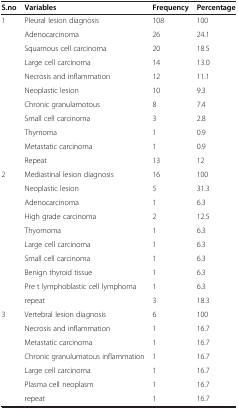
<table><thead><tr><td><b>S.no</b></td><td><b>Variables</b></td><td><b>Frequency</b></td><td><b>Percentage</b></td></tr></thead><tbody><tr><td>1</td><td>Pleural lesion diagnosis</td><td>108</td><td>100</td></tr><tr><td> </td><td>Adenocarcinoma</td><td>26</td><td>24.1</td></tr><tr><td> </td><td>Squamous cell carcinoma</td><td>20</td><td>18.5</td></tr><tr><td> </td><td>Large cell carcinoma</td><td>14</td><td>13.0</td></tr><tr><td> </td><td>Necrosis and inflammation</td><td>12</td><td>11.1</td></tr><tr><td> </td><td>Neoplastic lesion</td><td>10</td><td>9.3</td></tr><tr><td> </td><td>Chronic granulamotous</td><td>8</td><td>7.4</td></tr><tr><td> </td><td>Small cell carcinoma</td><td>3</td><td>2.8</td></tr><tr><td> </td><td>Thymoma</td><td>1</td><td>0.9</td></tr><tr><td> </td><td>Metastatic carcinoma</td><td>1</td><td>0.9</td></tr><tr><td> </td><td>Repeat</td><td>13</td><td>12</td></tr><tr><td>2</td><td>Mediastinal lesion diagnosis</td><td>16</td><td>100</td></tr><tr><td> </td><td>Neoplastic lesion</td><td>5</td><td>31.3</td></tr><tr><td> </td><td>Adenocarcinoma</td><td>1</td><td>6.3</td></tr><tr><td> </td><td>High grade carcinoma</td><td>2</td><td>12.5</td></tr><tr><td> </td><td>Thyomoma</td><td>1</td><td>6.3</td></tr><tr><td> </td><td>Large cell carcinoma</td><td>1</td><td>6.3</td></tr><tr><td> </td><td>Small cell carcinoma</td><td>1</td><td>6.3</td></tr><tr><td> </td><td>Benign thyroid tissue</td><td>1</td><td>6.3</td></tr><tr><td> </td><td>Pre t lymphoblastic cell lymphoma</td><td>1</td><td>6.3</td></tr><tr><td> </td><td>repeat</td><td>3</td><td>18.3</td></tr><tr><td>3</td><td>Vertebral lesion diagnosis</td><td>6</td><td>100</td></tr><tr><td> </td><td>Necrosis and inflammation</td><td>1</td><td>16.7</td></tr><tr><td> </td><td>Metastatic carcinoma</td><td>1</td><td>16.7</td></tr><tr><td> </td><td>Chronic granulumatous inflammation</td><td>1</td><td>16.7</td></tr><tr><td> </td><td>Large cell carcinoma</td><td>1</td><td>16.7</td></tr><tr><td> </td><td>Plasma cell neoplasm</td><td>1</td><td>16.7</td></tr><tr><td> </td><td>repeat</td><td>1</td><td>16.7</td></tr></tbody></table>